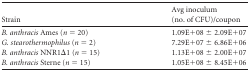
| Strain | Avg inoculum (no. of CFU)/coupon |
 | --- | --- |
 | B. anthracis Ames (n = 20) | 1.09E+08 ± 2.09E+07 |
 | G. stearothermophilus (n = 2) | 7.29E+07 ± 6.86E+06 |
 | B. anthracis NNR1Δ1 (n = 15) | 1.13E+08 ± 2.00E+07 |
 | B. anthracis Sterne (n = 15) | 1.05E+08 ± 8.45E+06 |